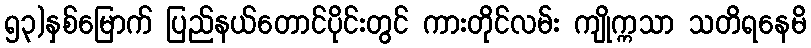
၅၃)နှစ်မြောက် ပြည်နယ်တောင်ပိုင်းတွင် ကားတိုင်လမ်း ကျိုက္ကသာ သတိရနေမိ